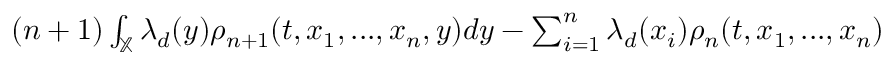
\begin{array} { r } { ( n + 1 ) \int _ { \mathbb { X } } \lambda _ { d } ( y ) \rho _ { n + 1 } ( t , x _ { 1 } , . . . , x _ { n } , y ) d y - \sum _ { i = 1 } ^ { n } \lambda _ { d } ( x _ { i } ) \rho _ { n } ( t , x _ { 1 } , . . . , x _ { n } ) } \end{array}